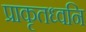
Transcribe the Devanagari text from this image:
प्राकृतध्वनि